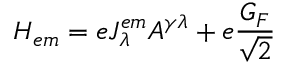
H _ { e m } = e J _ { \lambda } ^ { e m } A ^ { \gamma \lambda } + e \frac { G _ { F } } { \sqrt { 2 } }